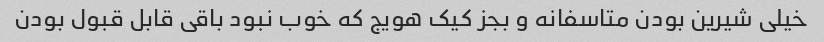
خیلی شیرین بودن متاسفانه و بجز کیک هویج که خوب نبود باقی قابل قبول بودن